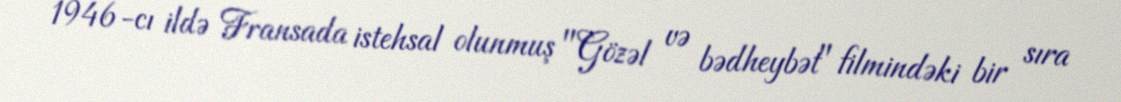
1946-cı ildə Fransada istehsal olunmuş "Gözəl və bədheybət" filmindəki bir sıra